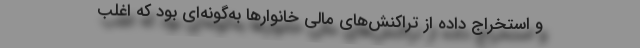
و استخراج داده از تراکنش‌های مالی خانوارها به‌گونه‌ای بود که اغلب